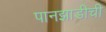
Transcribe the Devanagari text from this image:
पानझाडीची